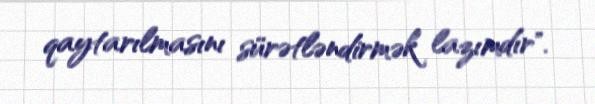
qaytarılmasını sürətləndirmək lazımdır".